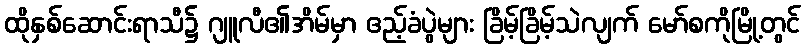
ထိုနှစ်ဆောင်းရာသီ၌ ဂျူလီ၏အိမ်မှာ ဧည့်ခံပွဲများ ခြိမ့်ခြိမ့်သဲလျက် မော်စကိုမြို့တွင်